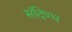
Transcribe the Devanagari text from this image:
संदिण्ध